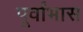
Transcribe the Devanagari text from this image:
पूर्वांभास